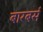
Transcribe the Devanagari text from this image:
बारबर्स